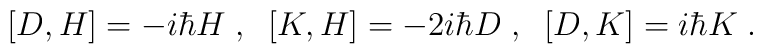
[D,H]= - i \hbar H \;  ,\; \;  [K,H]= - 2 i \hbar D\;  ,\; \;  [D, K]=  i \hbar K\;  .